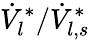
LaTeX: \dot{V}_{l}^{*}/\dot{V}_{l,s}^{*}